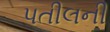
પતીલની